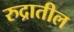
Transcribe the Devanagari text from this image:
रुद्रातील